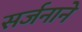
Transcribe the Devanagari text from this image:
सर्जनाने